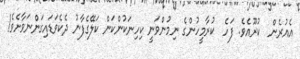
އެއުރެން  ކުރޫއެވެ. ފަހެ  ކުރާމީހުންގެ ނިމުންވަނީ ކިހިނަކުންކަން ކަލޭގެފާނު ދެކެވަޑައިގަންނަވާށެވެ!